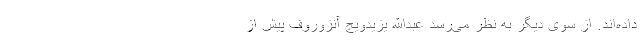
داده‌اند. از سوی دیگر به نظر می‌رسد عبدالله یزیدویچ آنزوروف پیش از